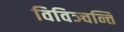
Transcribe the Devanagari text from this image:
विविञ्चन्ति